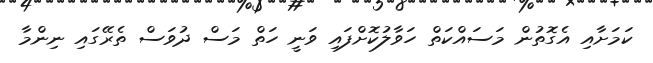
ކަމަށާއި އެގޮތުން މަސައްކަތް ހަވާލުކޮށްފައި ވަނީ ހަތް މަސް ދުވަސް ތެރޭގައި ނިންމާ